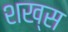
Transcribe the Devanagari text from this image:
शख्‍स